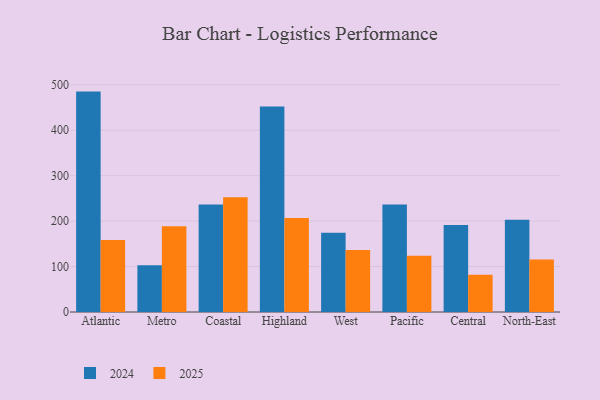
{"axis": {"x": "Region", "y": "Active Users"}, "legend": ["2024", "2025"], "data": [{"x": "Atlantic", "y": 485.0, "type": "2024"}, {"x": "Atlantic", "y": 158.2, "type": "2025"}, {"x": "Metro", "y": 103.1, "type": "2024"}, {"x": "Metro", "y": 188.9, "type": "2025"}, {"x": "Coastal", "y": 236.5, "type": "2024"}, {"x": "Coastal", "y": 252.3, "type": "2025"}, {"x": "Highland", "y": 452.3, "type": "2024"}, {"x": "Highland", "y": 206.8, "type": "2025"}, {"x": "West", "y": 174.2, "type": "2024"}, {"x": "West", "y": 136.2, "type": "2025"}, {"x": "Pacific", "y": 236.8, "type": "2024"}, {"x": "Pacific", "y": 123.8, "type": "2025"}, {"x": "Central", "y": 191.5, "type": "2024"}, {"x": "Central", "y": 82.0, "type": "2025"}, {"x": "North-East", "y": 202.8, "type": "2024"}, {"x": "North-East", "y": 115.3, "type": "2025"}]}